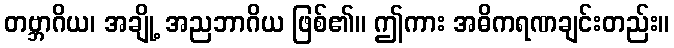
တဗ္ဘာဂိယ၊ အချို့ အညဘာဂိယ ဖြစ်၏။ ဤကား အဓိကရဏချင်းတည်း။